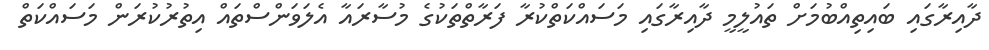
ދާއިރާގައި ބައިތިއްބުމަށް ތައުލީމީ ދާއިރާގައި މަސައްކަތްކުރާ ފަރާތްތަކުގެ މުސާރައާ އެލަވަންސްތައް އިތުރުކުރަން މަސައްކަތް